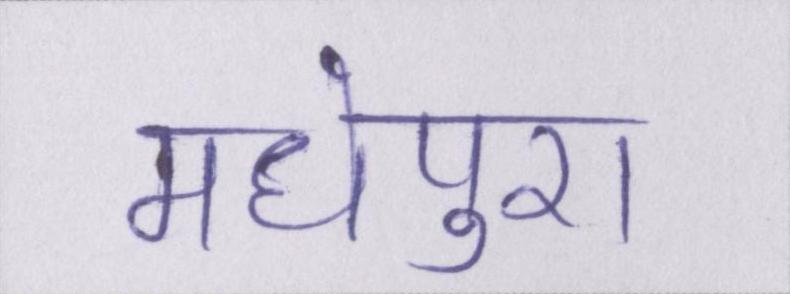
मधेपुरा